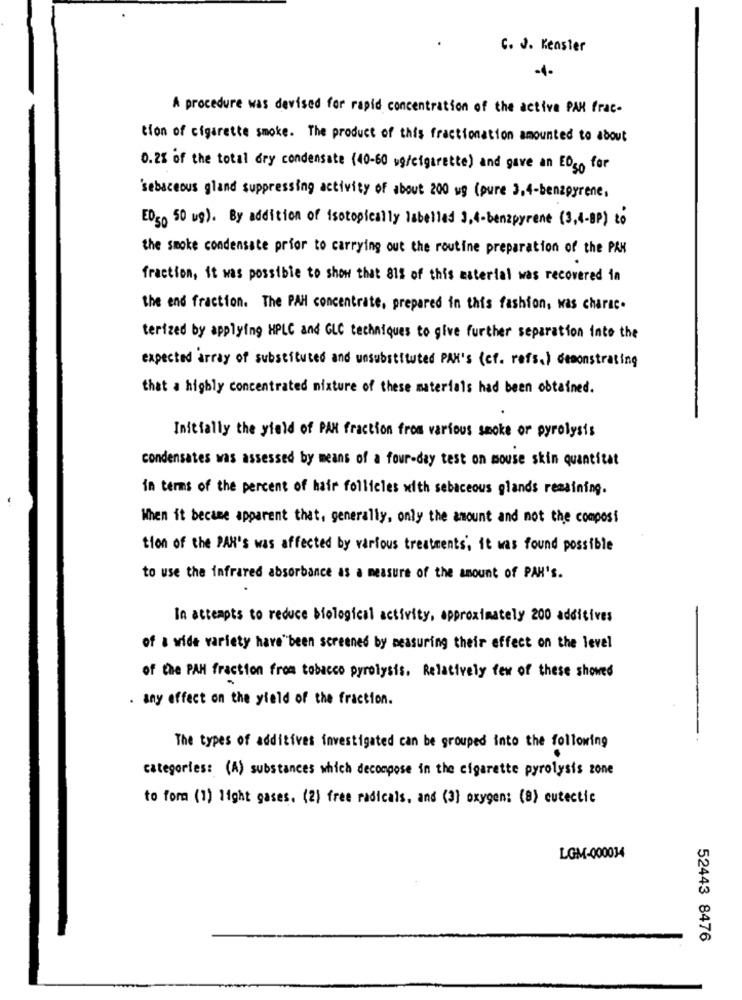
C. J. Keasier
A procedure was devised for rapid concentration of the active PAR frac-
tion of cigarette smoke. The product of this fractionation amounted to about
0.2% of the total dry condensate (40-60 vg/cigarette) and gave an EOso for
'sebaceous gland suppressing activity of about 200 ug (pure 3,4-benzpyrene,
ED50 50 us). By addition of isotopically labelled 3,4-benzpyrene (3,4-BP) to
the smoke condensate prior to carrying out the routine preparation of the PAK
fraction, it was possible to show that 815 of this material was recovered in
the end fraction. The PAH concentrate, prepared in this fashion, was charac.
terized by applying HPLC and GLC techniques to give further separation into the
expected array of substituted and unsubstituted PAN's (cf. refs. ) demonstrating
that a highly concentrated mixture of these materials had been obtained.
Initially the yield of PAN fraction from various smoke or pyrolysis
condensates was assessed by means of a four-day test on mouse skin quantitat
in terms of the percent of hair follicles with sebaceous glands remaining.
When it became apparent that, generally, only the amount and not the composi
tion of the PAN's was affected by various treatments', it was found possible
to use the infrared absorbance as a measure of the amount of PAH's.
In attempts to reduce biological activity, approximately 200 additives
of a wide variety have been screened by measuring their effect on the level
of the PAH fraction from tobacco pyrolysis. Relatively few of these showed
. any effect on the yield of the fraction .
The types of additives investigated can be grouped into the following
categories: (A) substances which decompose in the cigarette pyrolysis zone
to form (1) light gases. (2) free radicals, and (3) oxygen: (8) cutectic
LGM-000034
52443 8476